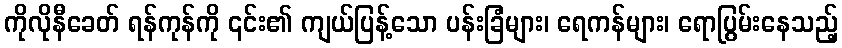
ကိုလိုနီခေတ် ရန်ကုန်ကို ၎င်း၏ ကျယ်ပြန့်သော ပန်းခြံများ၊ ရေကန်များ၊ ရောပြွမ်းနေသည့်